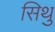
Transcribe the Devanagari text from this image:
सिथु